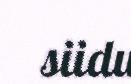
siidu